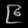
Digit: ၉